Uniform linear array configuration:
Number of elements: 8
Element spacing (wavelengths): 0.75
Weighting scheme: exponential
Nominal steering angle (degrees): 60
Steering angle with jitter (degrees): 61.724
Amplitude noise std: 0.05
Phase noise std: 0.05

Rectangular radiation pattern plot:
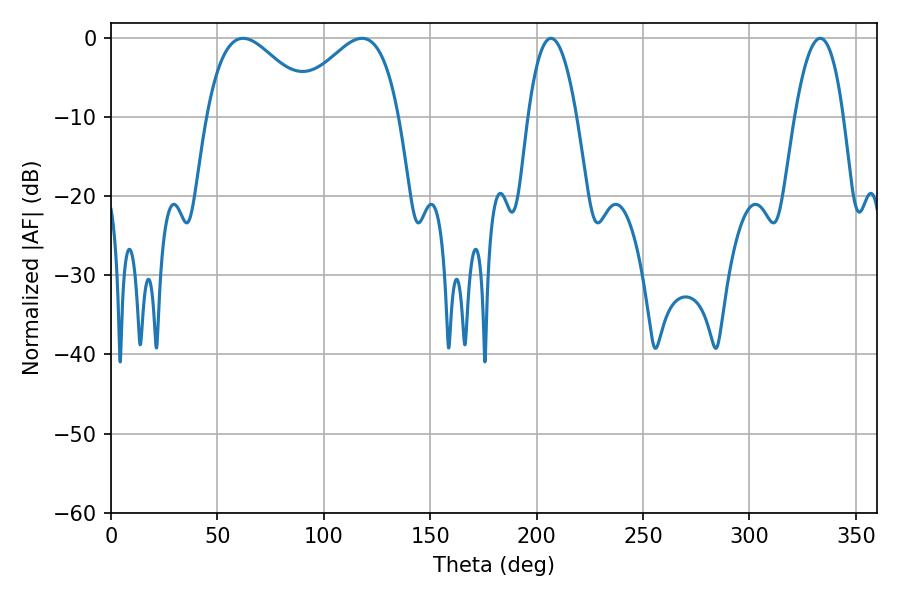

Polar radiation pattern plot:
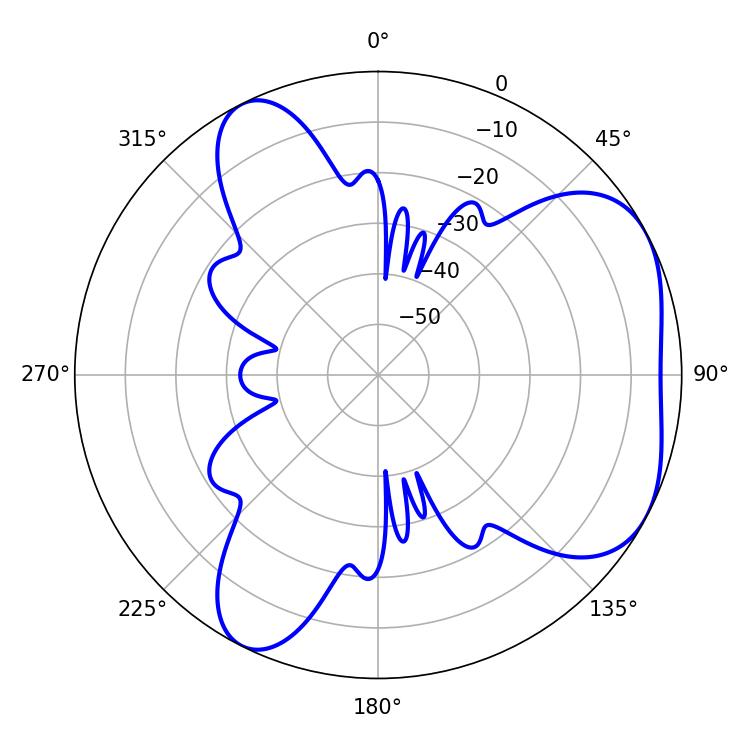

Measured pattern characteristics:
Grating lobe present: TRUE
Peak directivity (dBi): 4.687
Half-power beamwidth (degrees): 27.54
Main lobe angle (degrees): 62.1